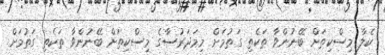
ކެލާ މިސްކިތަށް ބޭނުންވާ ތަކެތި ގަތުމަށް މިމަދަރުސާގެ މިސްކިތަށް ބޭނުންވާ ތަކެތި ގަތުމަށް